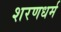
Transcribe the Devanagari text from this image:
शरणधर्म